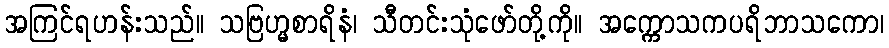
အကြင်ရဟန်းသည်။ သဗြဟ္မစာရိနံ၊ သီတင်းသုံဖော်တို့ကို။ အက္ကောသကပရိဘာသကော၊